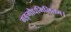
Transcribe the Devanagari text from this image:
गङ्गौघमिलितम्।